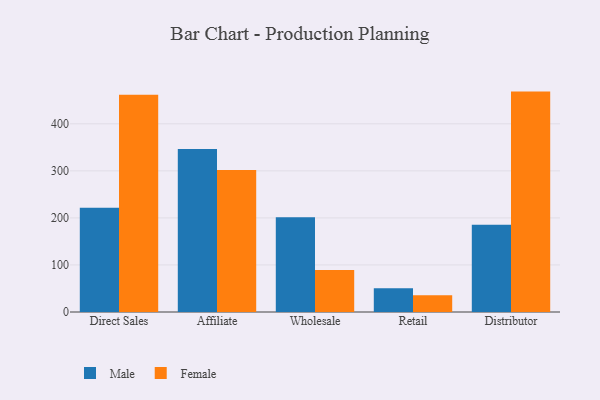
{"axis": {"x": "Channel", "y": "Waste Production (Tons)"}, "legend": ["Female", "Male"], "data": [{"x": "Direct Sales", "y": 221.8, "type": "Male"}, {"x": "Direct Sales", "y": 461.8, "type": "Female"}, {"x": "Affiliate", "y": 346.4, "type": "Male"}, {"x": "Affiliate", "y": 301.7, "type": "Female"}, {"x": "Wholesale", "y": 201.6, "type": "Male"}, {"x": "Wholesale", "y": 89.2, "type": "Female"}, {"x": "Retail", "y": 50.6, "type": "Male"}, {"x": "Retail", "y": 35.7, "type": "Female"}, {"x": "Distributor", "y": 185.4, "type": "Male"}, {"x": "Distributor", "y": 468.5, "type": "Female"}]}